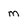
Character: m